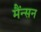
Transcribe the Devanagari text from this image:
मैंन्सन